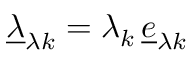
\underline { { \lambda } } _ { \lambda k } = \lambda _ { k } \, \underline { { e } } _ { \lambda k }